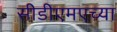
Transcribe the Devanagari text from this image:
सीडीएमएच्या